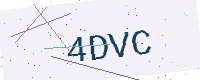
Text: 4DVC